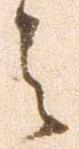
之